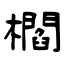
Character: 櫩